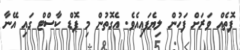
ފޮތެއް ވަރަށް ފަހުން ލިޔެފައިއެވެ. އެގޮތުން މި ޕޮޑް ކާސްޓް ގައި އޭނާ